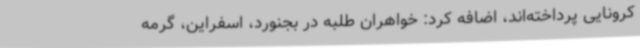
کرونایی پرداخته‌اند، اضافه کرد: خواهران طلبه در بجنورد، اسفراین، گرمه